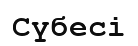
Сүбесі